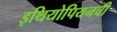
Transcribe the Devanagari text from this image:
इथियोपियनची